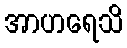
အာဟရေသိ